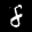
Label: 8